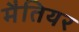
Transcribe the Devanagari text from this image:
मैतियर